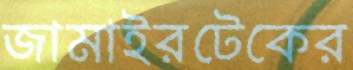
জামাইরটেকের